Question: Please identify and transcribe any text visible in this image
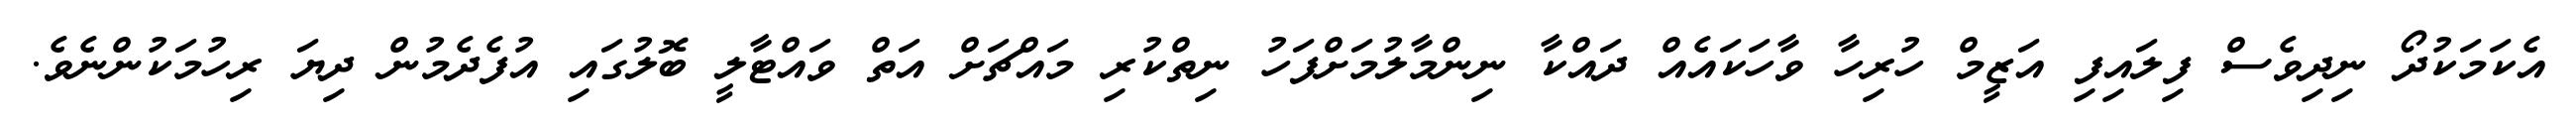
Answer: އެކަމަކުދޯ ނިދިވެސް ފިލައިފި އަޒީމް ހުރިހާ ވާހަކައެއް ދައްކާ ނިންމާލުމަށްފަހު ނިތްކުރި މައްޗަށް އަތް ވައްޓާލީ ބޮލުގައި އުފެދެމުން ދިޔަ ރިހުމަކުންނެވެ.